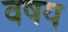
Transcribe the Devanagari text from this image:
वषय